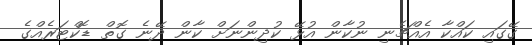
ގޭގައި ކައްކާ އެއްޗެނި ނުކާން އުޅޭ ކުދިންނަށް ކާން ދޭނެ ގޮތް ޑޮކްޓަރެއްގެ